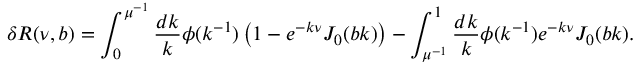
\delta R ( \nu , b ) = \int _ { 0 } ^ { \mu ^ { - 1 } } \frac { d k } { k } \phi ( k ^ { - 1 } ) \left( 1 - e ^ { - k \nu } J _ { 0 } ( b k ) \right) - \int _ { \mu ^ { - 1 } } ^ { 1 } \frac { d k } { k } \phi ( k ^ { - 1 } ) e ^ { - k \nu } J _ { 0 } ( b k ) .